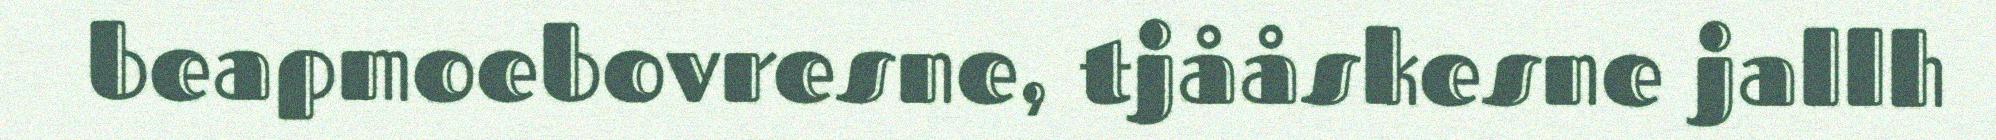
beapmoebovresne, tjååskesne jallh